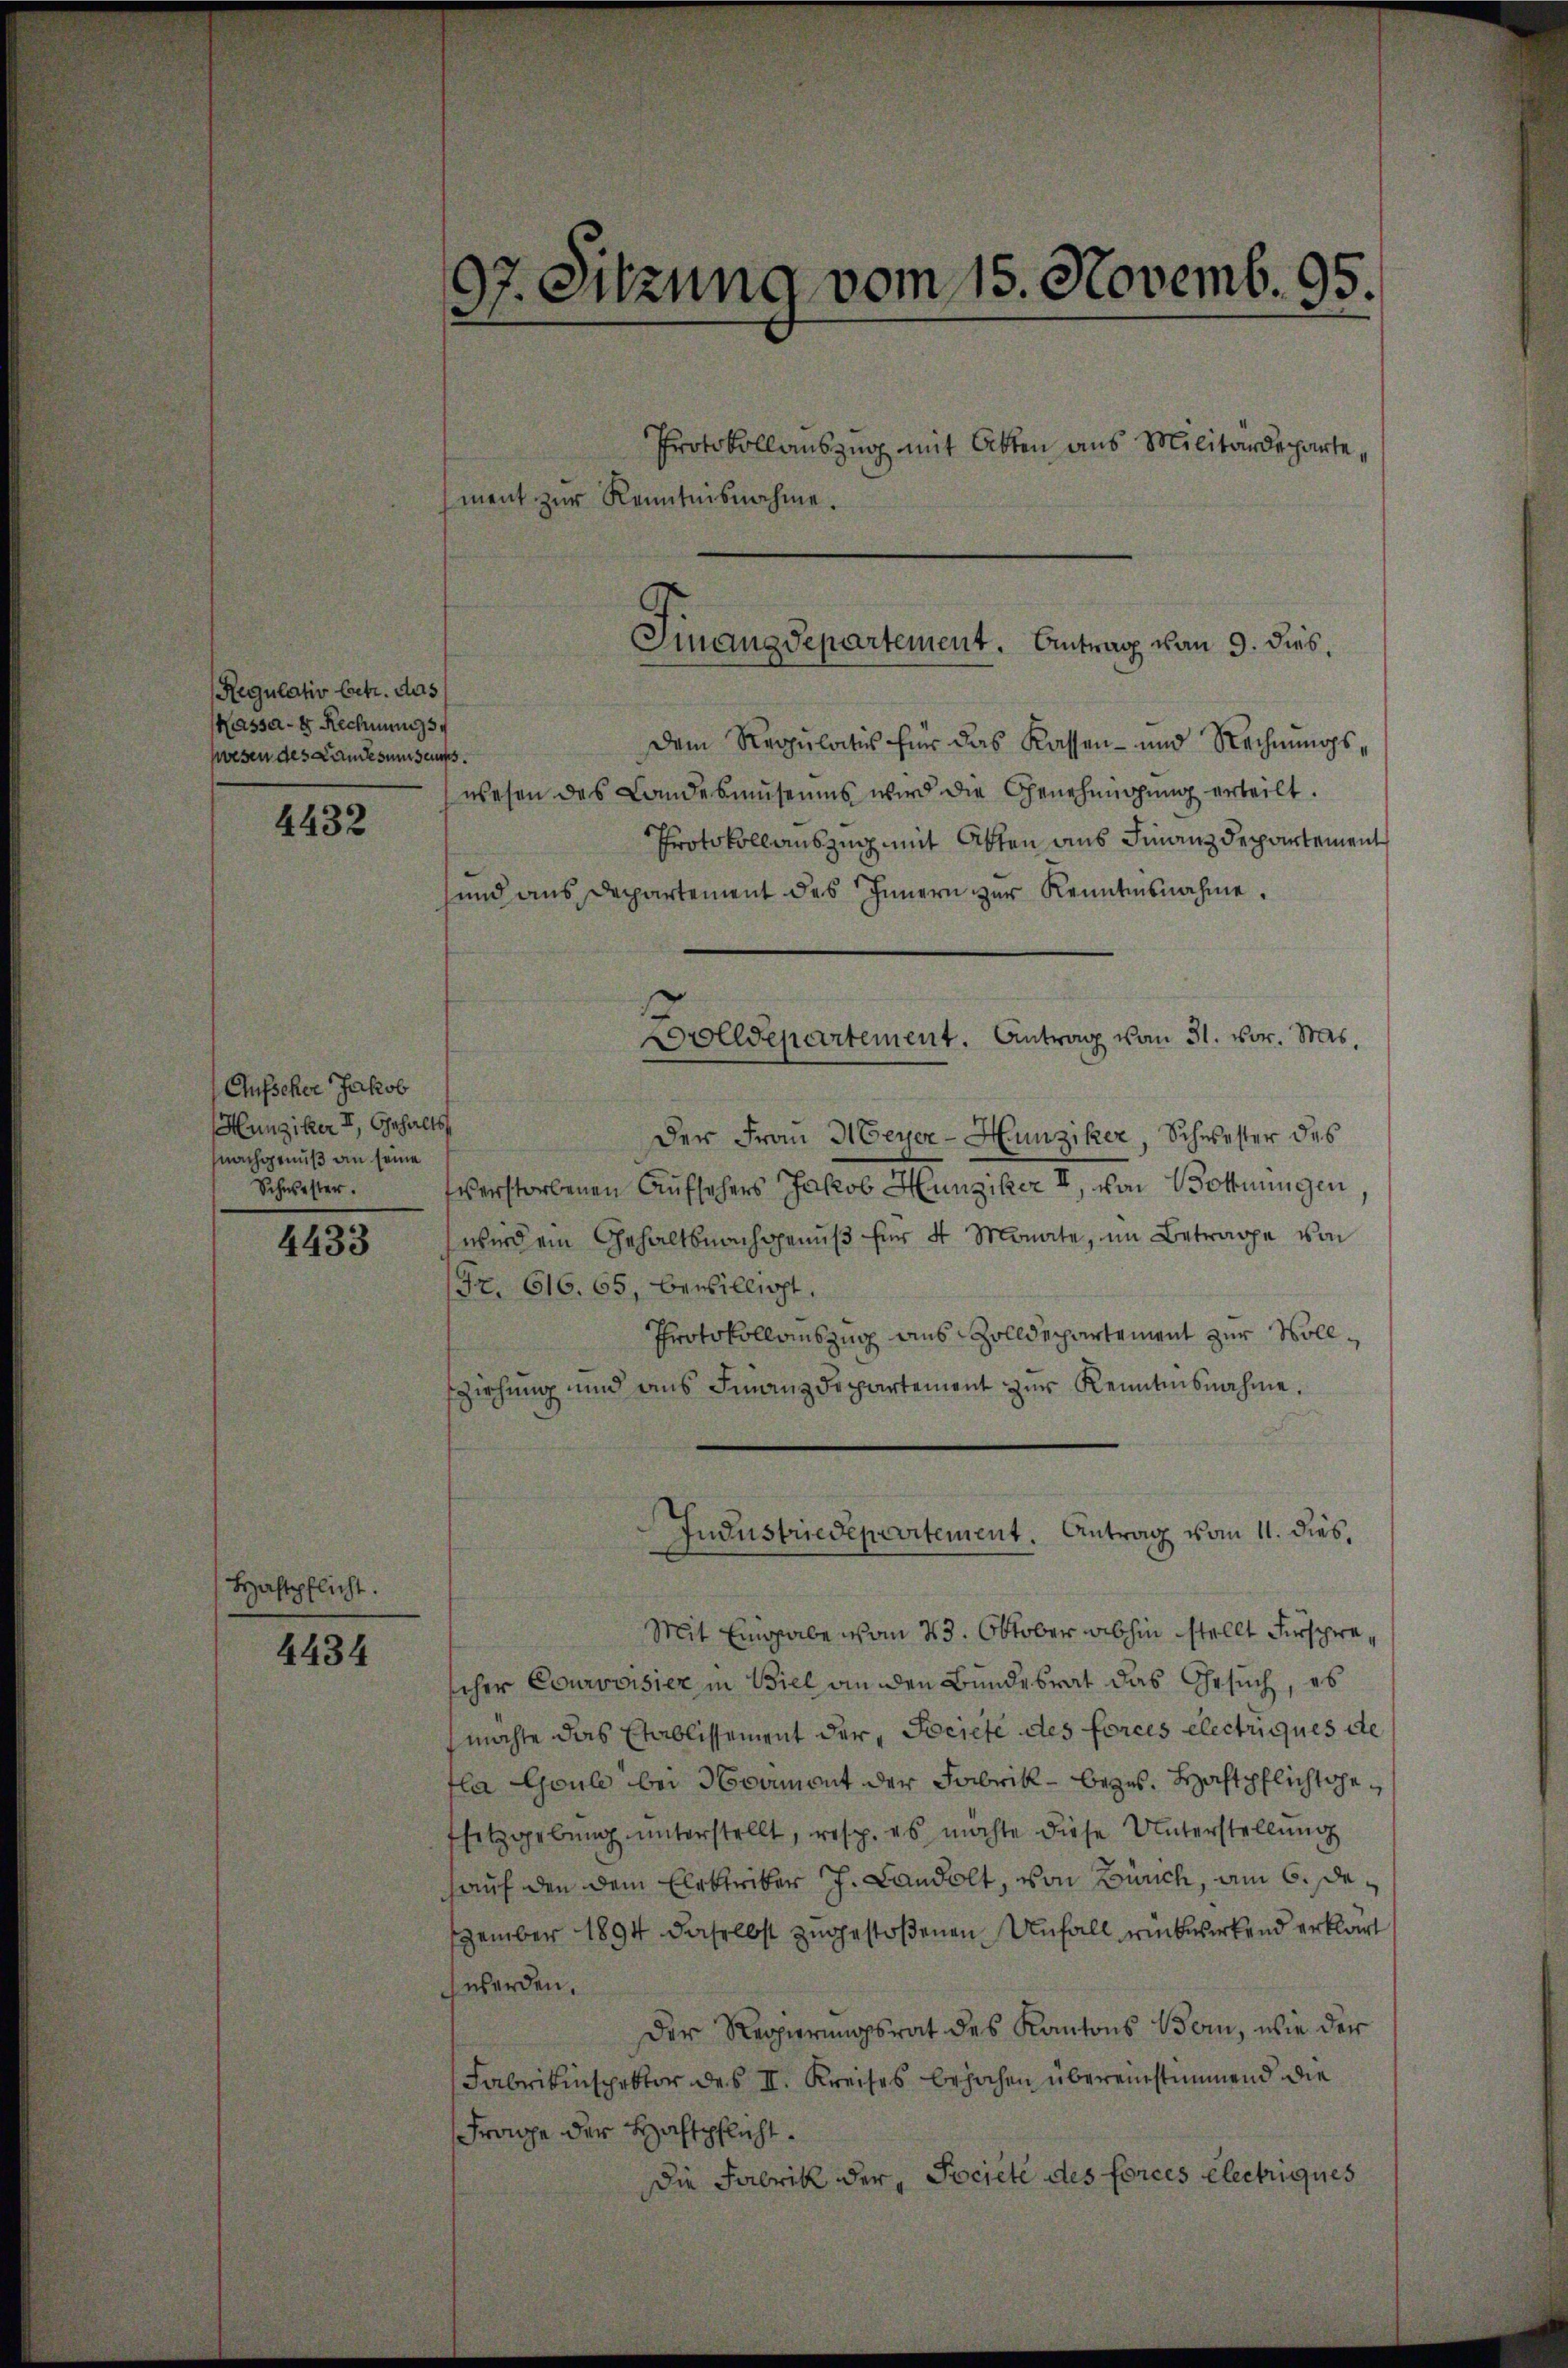
Regulativ betr. das
Kassa-8 Rechnungs
wesen des Landesungsaufs.

4432

Aufscher Jakob
Hunziker II., Gehalt
nachgenuß an seine
Schwester.

4433

Haftpflicht.

4434

07. Sitzung vom 15. Novemb. 95
e

Protokollauszug mit Atten aus Militärdeparte,
ment zur Kenntnisnahme.
Dem Regulatis für das Kassen- und Rechnungswesen des Landesmuseums wird die Genehmigung erteilt.
Protokollauszug mit Atten aus Finanzdepartement
und aus Departement des Innern zur Kenntnisnahme.
Der Frau Meyer-Hunziker, Schwester des
verstorbenen Aufsehers Jakob Hunziker II, von Bottnungen,
wirden Gehaltsnachgenuß für 4 Monate, im Betrage von
(Fr. 616. 65, bewilligt.
Protokollauszug aus Zolldepartement zur Vollsziehung und aus Finanzdepartement zur Kenntnisnahme.
Industriedepartement. Antrag vom 11. dies,
Mit Eingabe von 23. Oktober abhin stellt Fürsprescher Courvoisier in Biel an den Bundesrat das Gesuch, es
möchte das Stablissement der „Societe des forces electriques de
fla Coule bei Nament der Fabrik beges. Haftpflicht gesetzgebung unterstellt, resp. es möchte diese Unterstellung
hauf den dem Elektriker J. Landolt, von Zürich, am 6. dezember 1894 daselbst zugestoßenen Unfall rückwirkend erklärt
werden.
Der Regierungsrat des Kantons Bern, wie der
Fabrikinspektor des II. Kreises bejahen übereinstimmend die
Frage der Haftpflicht.
Die Fabrik der Pociete des forces electriques

Finanzdepartement. Antrag von 9. dies¬

2
Drolldepartement. Antrag vom 31. vor. Mts.